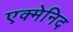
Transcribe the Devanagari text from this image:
एक्मेनिद